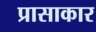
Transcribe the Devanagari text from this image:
प्रासाकार